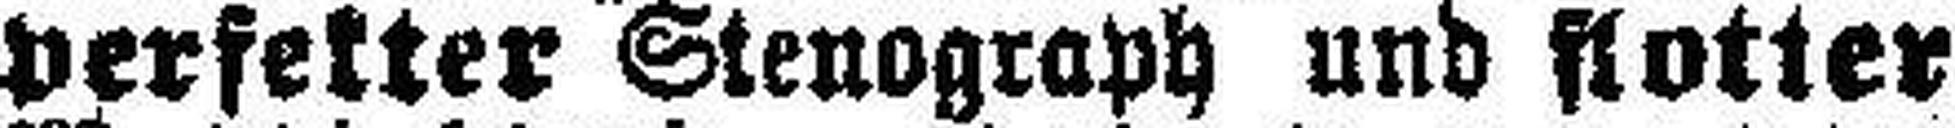
perfekter Stenograph und flotter